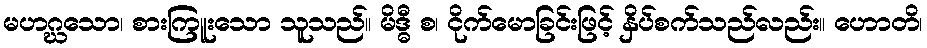
မဟဂ္ဃသော၊ စားကြူးသော သူသည်။ မိဒ္ဓီ စ၊ ငိုက်မောခြင်းဖြင့် နှိပ်စက်သည်လည်း။ ဟောတိ၊